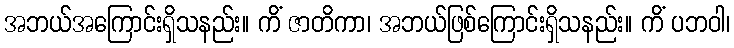
အဘယ်အကြောင်းရှိသနည်း။ ကိံ ဇာတိကာ၊ အဘယ်ဖြစ်ကြောင်းရှိသနည်း။ ကိံ ပဘဝါ၊